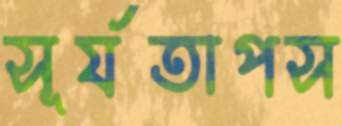
সূর্যতাপস